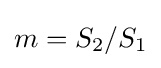
m=S_{2}/S_{1}